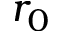
r _ { 0 }